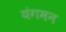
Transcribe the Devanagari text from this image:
यंगमन